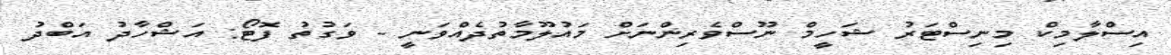
އިސްލާމިކް މިނިސްޓަރު ޝަހީމް ނޫސްވެރިންނަށް މައުލޫމާތުދެއްވަނީ - ވަގުތު ފޮޓޯ: އަޝްހާދު އަބްދު